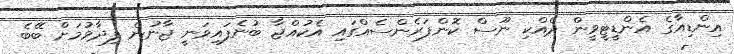
އިންޑިއާގެ އެންޑީޓީވީން ދެއްކި ނޫސް ކޮންފަރެންސެއްގައި އެކުއްޖާ ބުނެފައިވަނީ ޖާނުން ފިދާވުމަށް ބޭބެ